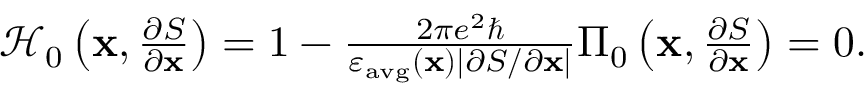
\begin{array} { r } { \mathcal { H } _ { 0 } \left( \mathbf { x } , \frac { \partial S } { \partial \mathbf { x } } \right) = 1 - \frac { 2 \pi e ^ { 2 } \hbar } { \varepsilon _ { \mathrm { a v g } } ( \mathbf { x } ) | { \partial S / \partial \mathbf { x } } | } \Pi _ { 0 } \left( \mathbf { x } , \frac { \partial S } { \partial \mathbf { x } } \right) = 0 . } \end{array}